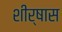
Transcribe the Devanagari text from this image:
शीर्षास